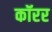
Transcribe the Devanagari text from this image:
कॉरर